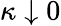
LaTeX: \kappa\downarrow 0